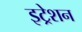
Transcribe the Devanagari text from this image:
इट्रेशन